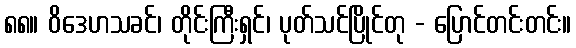
၈၈။ ဝိဒေဟသခင်၊ တိုင်းကြီးရှင်၊ ပုတ်သင်ပြိုင်တု - ပြောင်တင်းတင်း။